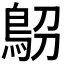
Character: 𩿋